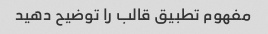
مفهوم تطبیق قالب را توضیح دهید